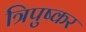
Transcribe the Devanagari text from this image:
त्रिपुष्कर